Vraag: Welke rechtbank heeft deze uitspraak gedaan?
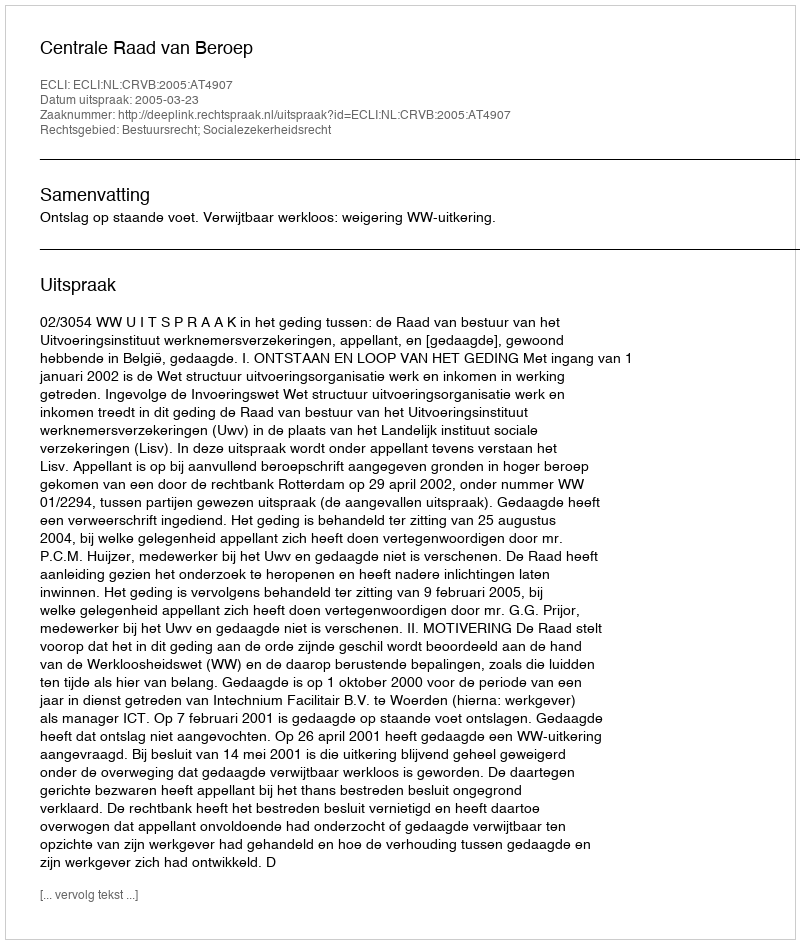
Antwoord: Centrale Raad van Beroep